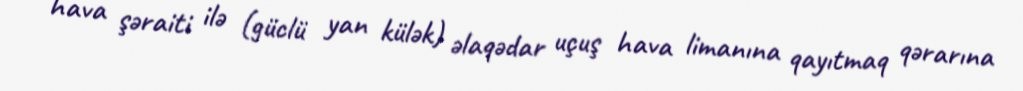
hava şəraiti ilə (güclü yan külək) əlaqədar uçuş hava limanına qayıtmaq qərarına